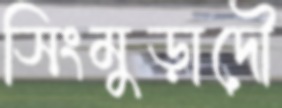
সিংমুড়াদৌ